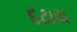
દટાય